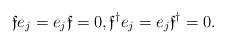
LaTeX: \begin{align*} \mathfrak{f} e_j = e_j \mathfrak{f} =0, \mathfrak{f}^{\dagger} e_j = e_j \mathfrak{f}^{\dagger} = 0.\end{align*}